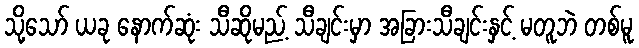
သို့သော် ယခု နောက်ဆုံး သီဆိုမည့် သီချင်းမှာ အခြားသီချင်းနှင့် မတူဘဲ တစ်မူ